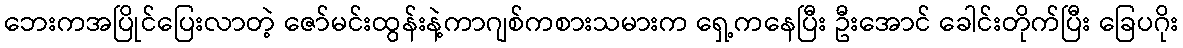
ဘေးကအပြိုင်ပြေးလာတဲ့ ဇော်မင်းထွန်းနဲ့ကာဂျစ်ကစားသမားက ရှေ့ကနေပြီး ဦးအောင် ခေါင်းတိုက်ပြီး ခြေပဂိုး